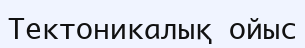
Тектоникалық ойыс